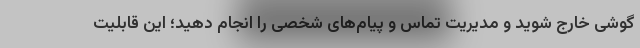
گوشی خارج شوید و مدیریت تماس و پیام‌های شخصی را انجام دهید؛ این قابلیت